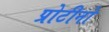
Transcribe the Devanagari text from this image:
प्रोटीनो